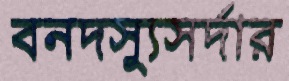
বনদস্যুসর্দার